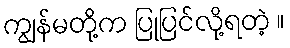
ကျွန်မတို့က ပြုပြင်လို့ရတဲ့ ။